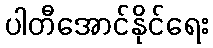
ပါတီအောင်နိုင်ရေး